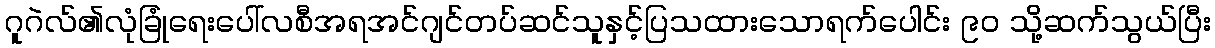
ဂူဂဲလ်၏လုံခြုံရေးပေါ်လစီအရအင်ဂျင်တပ်ဆင်သူနှင့်ပြသထားသောရက်ပေါင်း ၉၀ သို့ဆက်သွယ်ပြီး